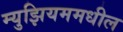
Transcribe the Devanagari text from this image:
म्युझियममधील